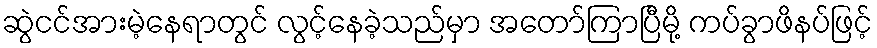
ဆွဲငင်အားမဲ့နေရာတွင် လွင့်နေခဲ့သည်မှာ အတော်ကြာပြီမို့ ကပ်ခွာဖိနပ်ဖြင့်